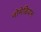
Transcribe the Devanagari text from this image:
नोमेडियन